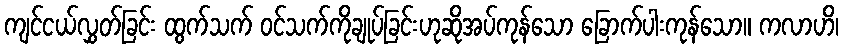
ကျင်ငယ်လွှတ်ခြင်း ထွက်သက် ဝင်သက်ကိုချုပ်ခြင်းဟုဆိုအပ်ကုန်သော ခြောက်ပါးကုန်သော။ ကလာဟိ၊